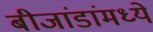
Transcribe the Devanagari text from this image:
बीजांडांमध्ये